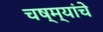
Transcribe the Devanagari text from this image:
चष्म्यांचे